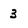
Character: 3